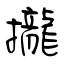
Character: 攏